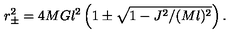
r _ { \pm } ^ { 2 } = 4 M G l ^ { 2 } \left( 1 \pm \sqrt { 1 - J ^ { 2 } / ( M l ) ^ { 2 } } \right) .